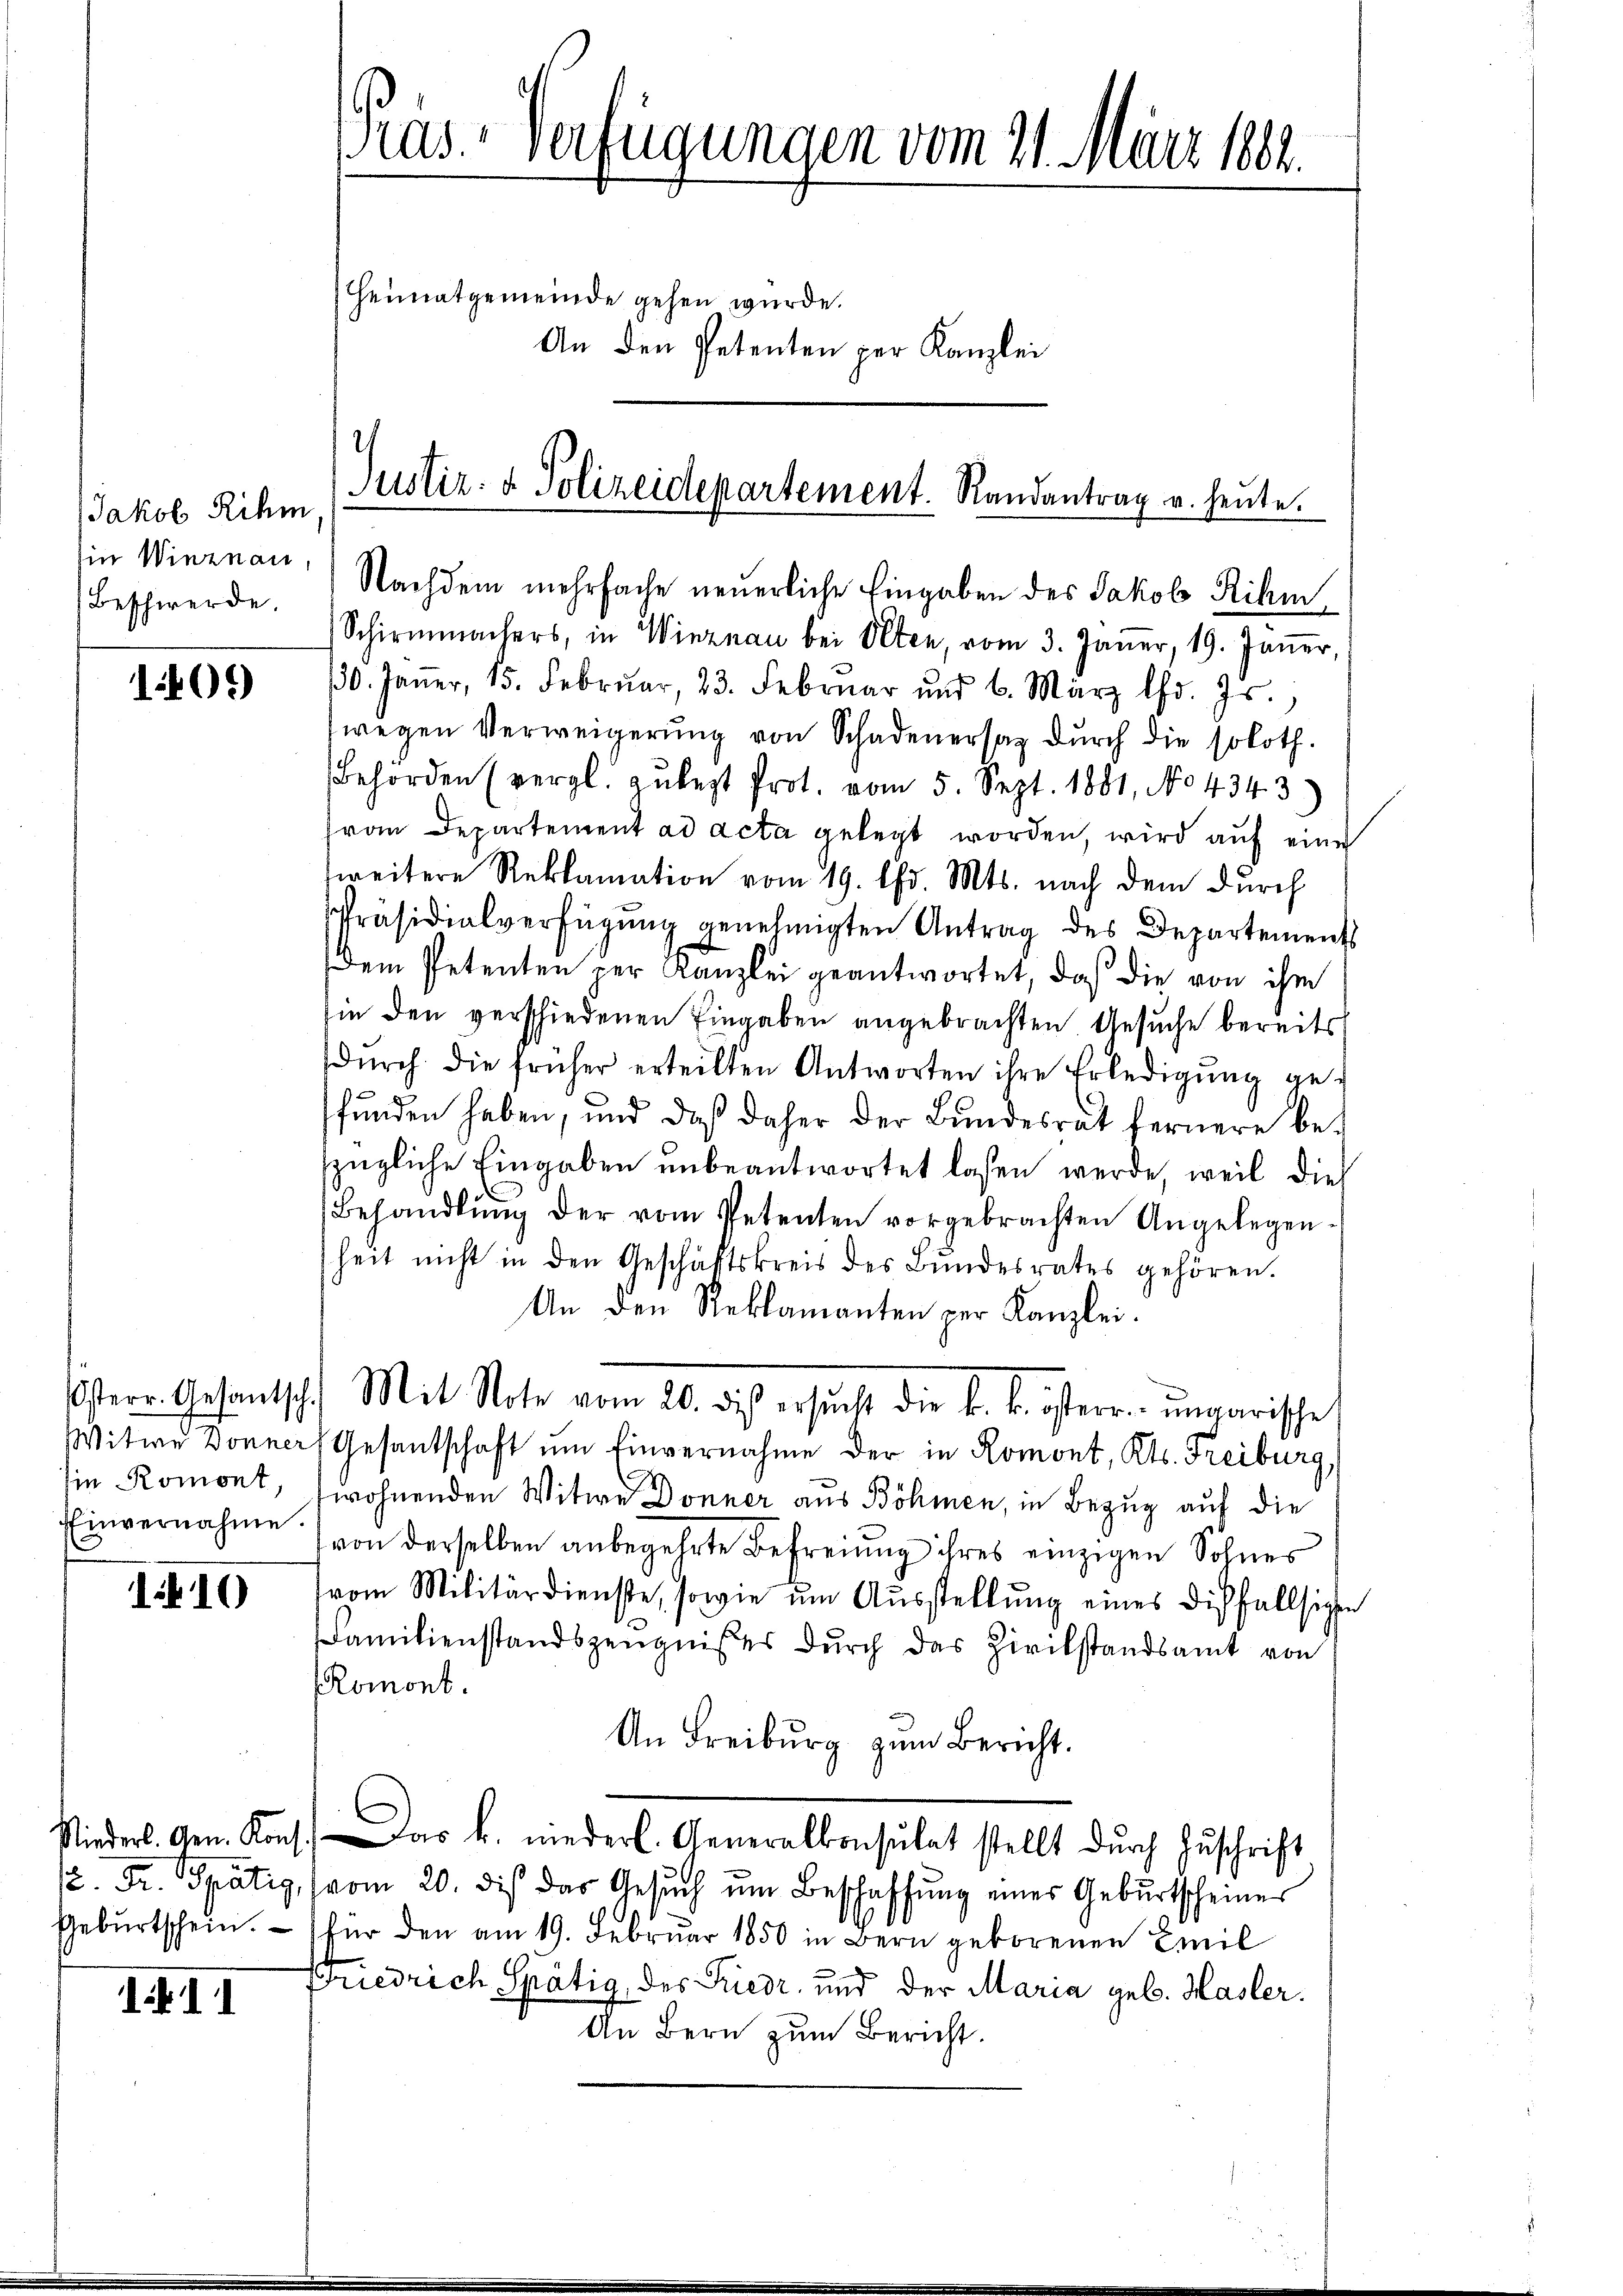
Jakob Rihm,
Ein Winznau,
Beschwerde.

1405)

sie Romont,
Einvernahme.

110

III

Nachdem mehrfache neuerliche Eingaben des Jakob Rihm
Schirmmachers, in Winznau bei Olten, vom 3. Jäṅer, 19. Jäṅer,
130. Janer, 15. Febrŭar, 23. Febrŭar ŭnd 6. März l. Js.,
wegen Verweigerŭng von Schadenersaz durch die soloth.
Behörden (vergl. zŭbezt Prot. vom 5. Sept. 1881, No 4343)
Frau Departement ad acta gelegt worden, wird auf eine
weitere Reklamation vom 19. Chr. Mts. nach dem durch
Präsidialverfügung genehmigten Antrag des Departements
dem Petenten per Kanzlei geantwortet, daß die von ihm
sie den verschiedenen Eingaben angebrachten Gesuche bereits
dŭrch die früher erteilten Antworten ihre Erledigŭng ge-
fŭnden haben, und daß daher der Bŭndesrat fernere be-
zügliche Eingaben unbeantwortet laßen werde, weil dies
Behandlŭng der vom Petenten vorgebrachten Angelegen-
heit nicht in den Geschäftskreis des Bŭndesrates gehören.
An den Reklamanten per Kanzlei.
isterr. Gesandtsch. Mit Note vom 20. des ersucht die k. k. österr. ungarische
Witwe Donner Gesantschaft um Einvernahme der in Romont, Kts. Freiburg,
7
twohnenden Witwe Donner aus Böhmen, in Bezug auf die
von derselben anbegehrte Befreiung ihres einzigen Sohnes
vom Militärdienste, sowie um Ausstellung eines dißfallsigen
Familienstandszeugnißes durch das Zivilstandsamt von
Romont.
An Freiburg zum Bericht.
Niederl. Gen. Kons. Das k. niederl. Generalkonsulat stellt durch Zuschrift
. Dr. Spätiz, vom 20. dis das Gesŭch ŭm Beschaffung einer Geburtscheiner
Gebŭrtschein. - (für den am 19. Februar 1850 in Bern geborenen Emil
Friedrich Spätig, des Friedr. und der Maria geb. Hasler.
An Bern zum Bericht.

Präs. Verfügungen vom 21. März 1862.
Heimatgemeinde gehen wurde.
An den Petenten per Kanzlei

1
Justiz- & Polizeidepartement. Randantrag u. heute.